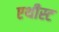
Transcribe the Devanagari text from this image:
एथीस्ट